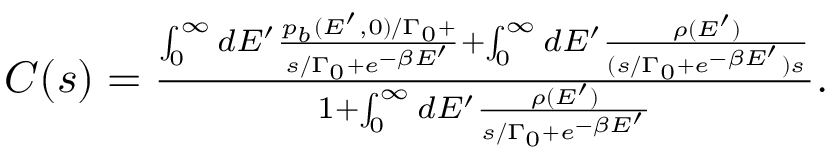
\begin{array} { r } { C ( s ) = \frac { \int _ { 0 } ^ { \infty } d E ^ { \prime } \frac { p _ { b } ( E ^ { \prime } , 0 ) / \Gamma _ { 0 } + } { s / \Gamma _ { 0 } + e ^ { - \beta E ^ { \prime } } } + \int _ { 0 } ^ { \infty } d E ^ { \prime } \frac { \rho ( E ^ { \prime } ) } { ( s / \Gamma _ { 0 } + e ^ { - \beta E ^ { \prime } } ) s } } { 1 + \int _ { 0 } ^ { \infty } d E ^ { \prime } \frac { \rho ( E ^ { \prime } ) } { s / \Gamma _ { 0 } + e ^ { - \beta E ^ { \prime } } } } . } \end{array}